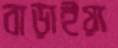
বাড়াইয়া